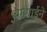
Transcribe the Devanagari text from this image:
बाणाईने